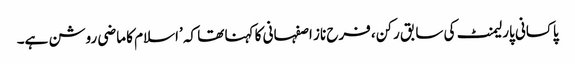
پاکسانی پارلیمنٹ کی سابق رکن، فرح ناز اصفہانی کا کہنا تھا کہ ’اسلام کا ماضی روشن ہے۔